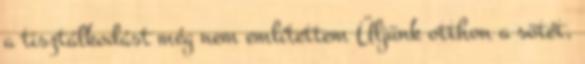
a tisztálkodást még nem említettem Üljünk otthon a sötét,